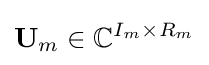
{\bf {U}}_{m}\in {\mathbb {C} }^{I_{m}\times R_{m}}